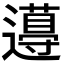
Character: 𨘚